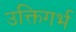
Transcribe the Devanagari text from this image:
उक्तिगर्भ